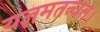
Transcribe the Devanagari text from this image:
यज्ञमतन्वत।